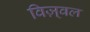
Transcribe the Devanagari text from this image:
विज़्वल